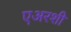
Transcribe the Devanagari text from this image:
एअरशी